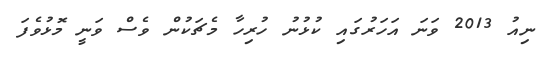
ނިއު 2013 ވަނަ އަހަރުގައި ކުޅުނު ހުރިހާ މެޗަކުން ވެސް ވަނީ މޮޅުވެފަ